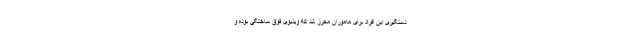
دستگیری این افراد برای ماموران محرز شد که ویدیوی فوق ساختگی بوده و